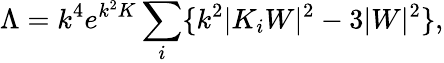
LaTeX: \Lambda=k^{4}e^{k^{2}K}\sum_{i}\{ k^{2}|K_{i}W|^{2}-3|W|^{2}\} ,